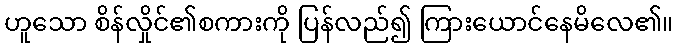
ဟူသော စိန်လှိုင်၏စကားကို ပြန်လည်၍ ကြားယောင်နေမိလေ၏။